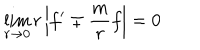
\lim _ { r \to 0 } r \left| f ^ { \prime } \mp \frac m r f \right| = 0